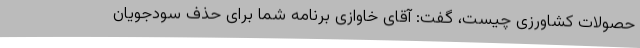
حصولات کشاورزی چیست، گفت: آقای خاوازی برنامه شما برای حذف سودجویان